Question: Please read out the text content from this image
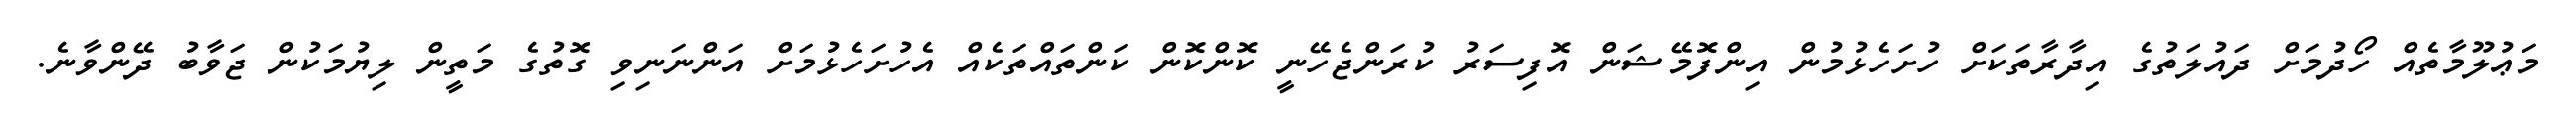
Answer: މަޢުލޫމާތެއް ހޯދުމަށް ދައުލަތުގެ އިދާރާތަކަށް ހުށަހެޅުމުން އިންފޮމޭޝަން އޮފިސަރު ކުރަންޖެހޭނީ ކޮންކޮން ކަންތައްތަކެއް އެހުށަހެޅުމަށް އަންނަނިވި ގޮތުގެ މަތީން ލިޔުމަކުން ޖަވާބު ދޭންވާނެ.